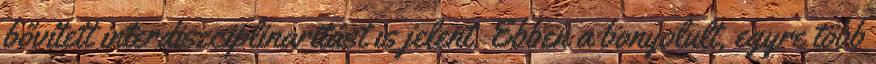
bővített interdiszciplinaritást is jelent. Ebben a bonyolult, egyre több